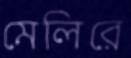
মেলিরে